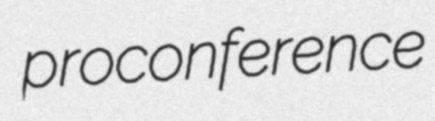
proconference